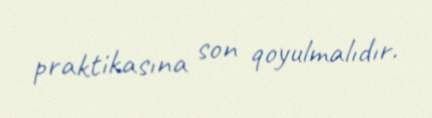
praktikasına son qoyulmalıdır.